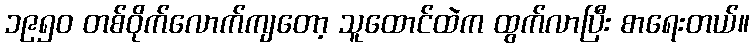
၁၉၅၀ တစ်ဝိုက်လောက်ကျတော့ သူထောင်ထဲက ထွက်လာပြီး စာရေးတယ်။